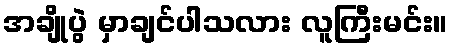
အချိုပွဲ မှာချင်ပါသလား လူကြီးမင်း။